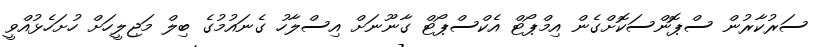
ސަރުކާރުން ސްޕޮންސަކޮށްގެން އިމްޕޯޓް އެކްސްޕޯޓް ގާނޫނަށް އިސްލާހު ގެނައުމުގެ ބިލް މަޖިލީހަށް ހުށަހެޅުއްވީ